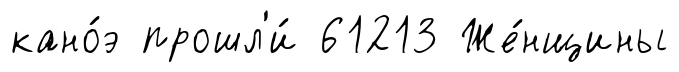
кано́э прошл'и́ 61213 Же́нщины